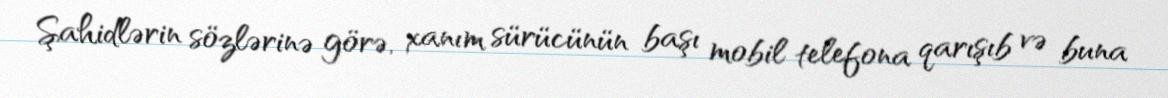
Şahidlərin sözlərinə görə, xanım sürücünün başı mobil telefona qarışıb və buna